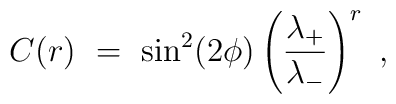
C(r)\ =\ \sin^{2}(2\phi)\left(\frac{\lambda_{+}}{\lambda_{-}} \right)^{r}\ ,